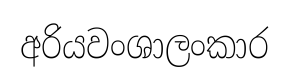
අරියවංශාලංකාර